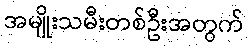
အမျိုးသမီးတစ်ဦးအတွက်